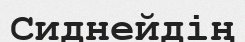
Сиднейдің